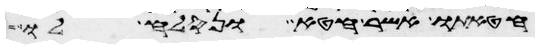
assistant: חטאתו אשר חטא ונסלח לו